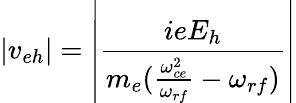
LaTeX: |v_{eh}|=\left|\frac{ieE_{h}}{m_{e}(\frac{\omega_{ce}^{2}}{\omega_{rf}}-\omega_{rf})}\right|